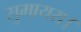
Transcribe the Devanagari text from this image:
सुमायरा।